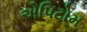
એપિટોમ